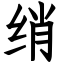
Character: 绡